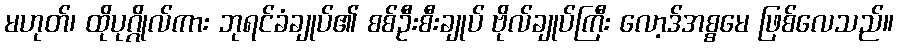
မဟုတ်၊ ထိုပုဂ္ဂိုလ်ကား ဘုရင်ခံချုပ်၏ စစ်ဦးစီးချုပ် ဗိုလ်ချုပ်ကြီး လော့ဒ်အစ္စမေ ဖြစ်လေသည်။